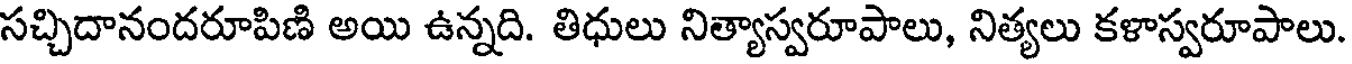
సచ్చిదానందరూపిణి అయి ఉన్నది. తిధులు నిత్యాస్వరూపాలు, నిత్యలు కళాస్వరూపాలు.